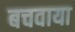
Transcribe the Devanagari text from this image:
बचवाया